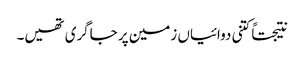
نتیجتاً کتنی دوائیاں زمین پر جاگری تھیں۔